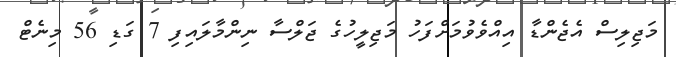
މަޖިލިސް އެޖެންޑާ އިއްވެވުމަށްފަހު މަޖިލީހުގެ ޖަލްސާ ނިންމާލައިފި 7 ގަޑި 56 މިނެޓް